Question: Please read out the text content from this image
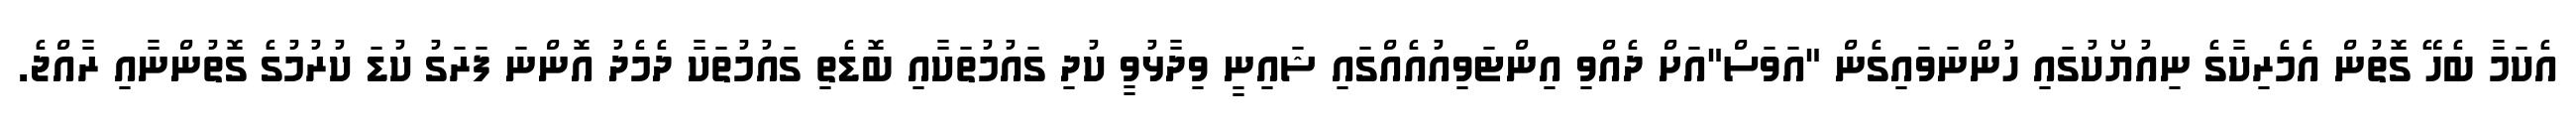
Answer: އެކަމާ ބެހޭ ގޮތުން އެމެރިކާގެ ނިއުޔޯކުގައި ހުންނަވައިގެން "އަވަސް"އަށް ދެއްވި އިންޓަވިއުއެއްގައި ޝައިނީ ވިދާޅުވީ ކުދި ގައުމުތަކާއި ބޮޑެތި ގައުމުތަކާ ދެމެދު އޮންނަ ފަރަގު ކުޑަ ކުރުމުގެ ގޮތުންނާއި ރާއްޖެ.